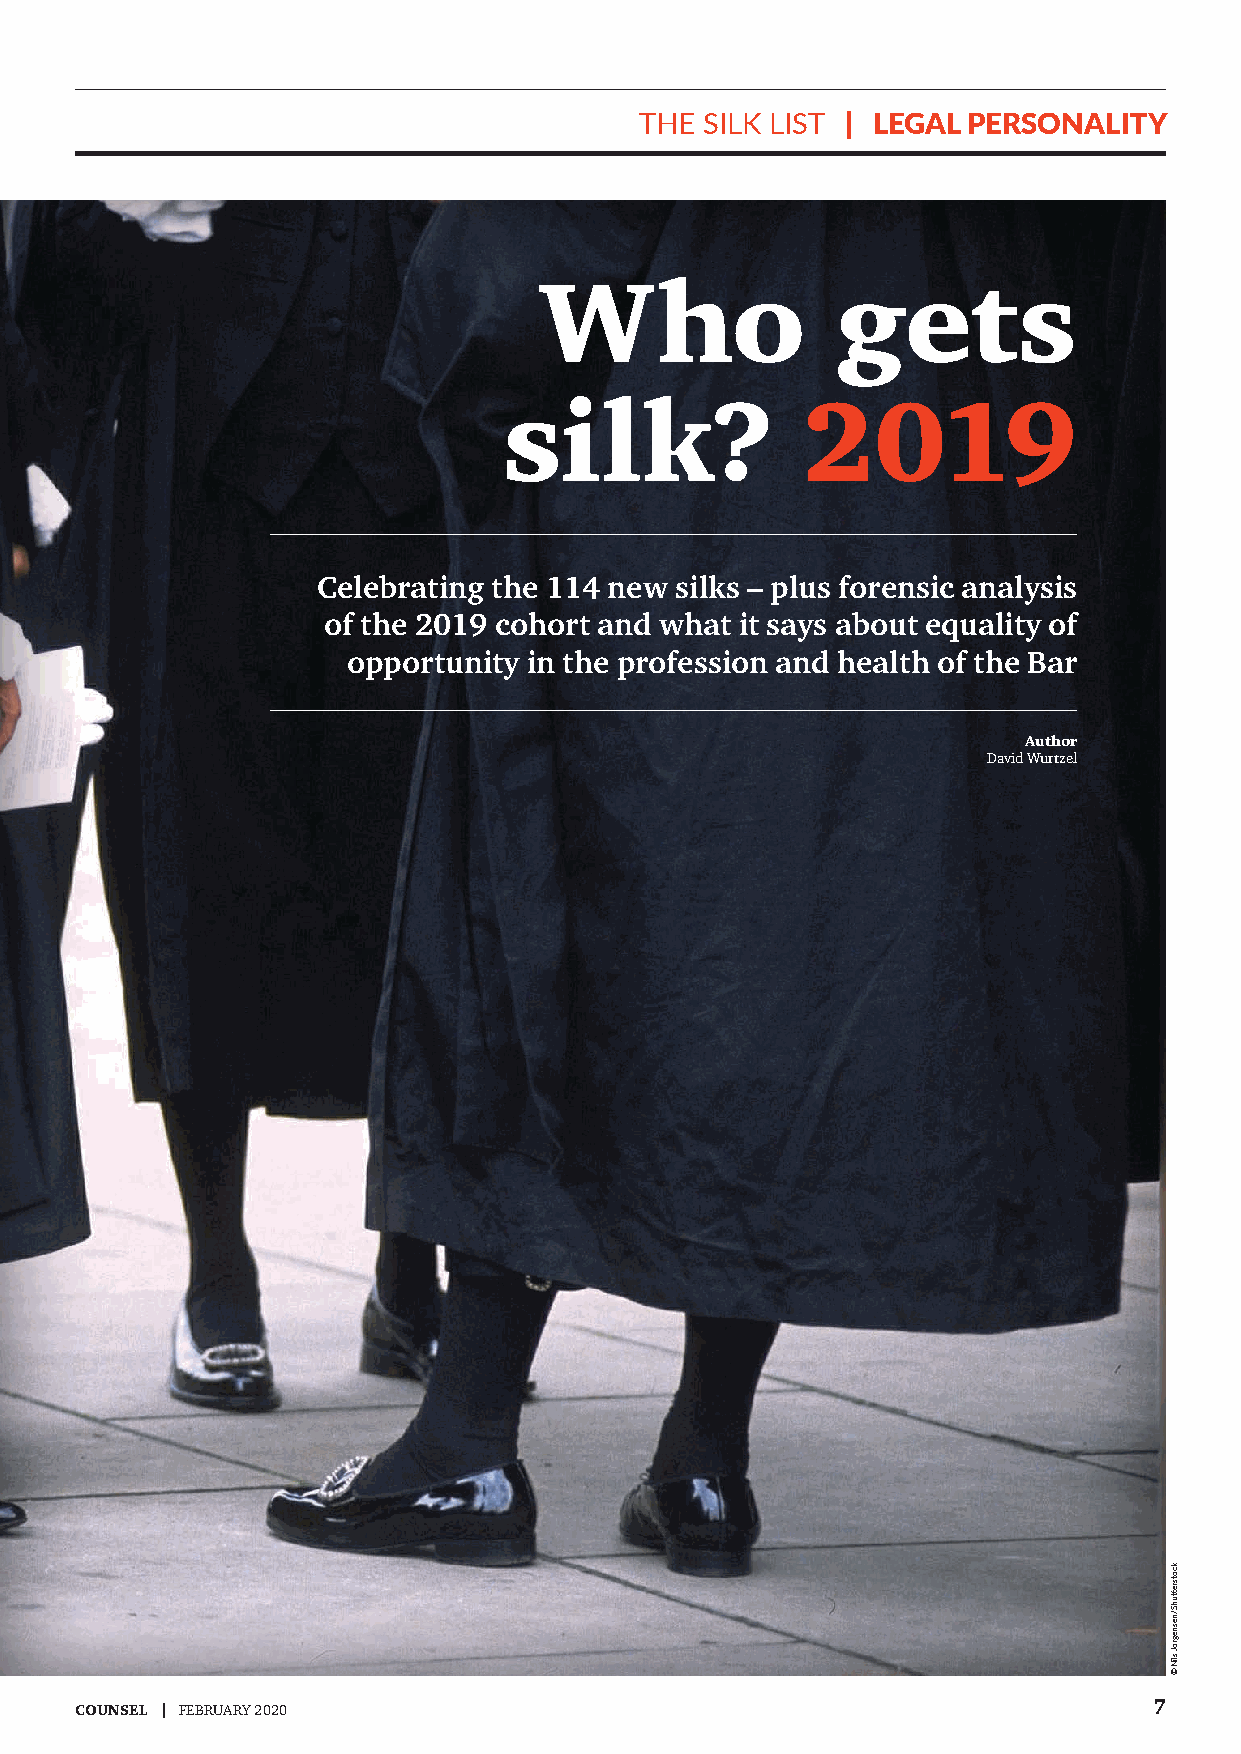
FOLIO-MASTER                             FOLIO-MASTER  SECTION
 The  silk lisT | LEGAL PERSONALITY
 Who                gets
 silk?               2019
 Celebrating the 114 new silks – plus forensic analysis
 of the 2019 cohort and what it says about equality of
 opportunity in the profession and health of the Bar
 Author
 David Wurtzel
 COUNSEL | FEBRUARY 2020                                                7
 kcotsrettuhS/nesnegroJ
 sliN
 ©